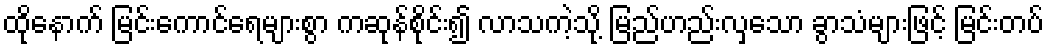
ထိုနောက် မြင်းကောင်ရေများစွာ ကဆုန်စိုင်း၍ လာသကဲ့သို့ မြည်ဟည်းလှသော ခွာသံများဖြင့် မြင်းတပ်